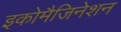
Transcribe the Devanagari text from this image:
इकोमैजिनेशन